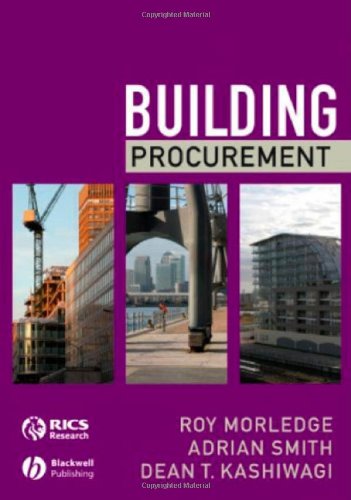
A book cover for Building Procurement; Roy Morledge; Business & Money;